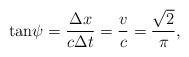
LaTeX: \begin{align*}\tan\!\psi=\frac{\Delta x}{c\Delta t}=\frac{v}{c}= \frac{\sqrt2}{\pi},\end{align*}